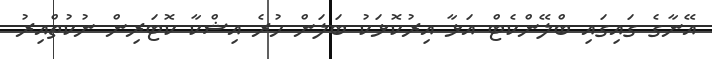
އޭނާގެ ގައިގައި ބްލޭންކެޓް އަޅާ އިރުކޮޅަކު ބަލަން ހުރެ އިޝްކާ ކޮޓަރިން ނުކުތްއިރު